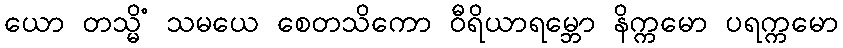
ယော တသ္မိံ သမယေ စေတသိကော ဝီရိယာရမ္ဘော နိက္ကမော ပရက္ကမော